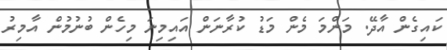
ކައިގެން އާދޭ. މަންމަ މެން މަޑު ކުރާނަން އައިމިނަ މިހެން ބުނުމުން އާމިރު